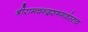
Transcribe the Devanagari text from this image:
श्रीरामचन्द्रशभगवंस्तव